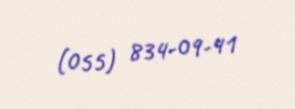
(055) 834-09-41